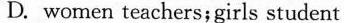
D.women teachers;girls student